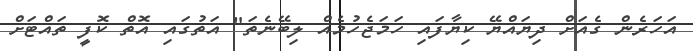
އަހަރެން ގެއަށް ދިޔައްޔޭ ކިޔާފައި ހަމަޖެހުމެއް ލިބޭނެތަ" އަތުގައި އޮތް ކޮފީ ތައްޓަށް